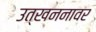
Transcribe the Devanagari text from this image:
उत्खननावर